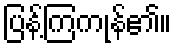
ပြန့်ကြကုန်၏။